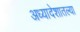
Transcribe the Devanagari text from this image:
अध्यादेशातल्या